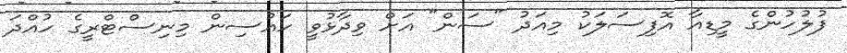
ފުލުހުންގެ މީޑިއާ އޮފިސަލަކު މިއަދު "ސަން" އަށް ވިދާޅުވީ ހައުސިން މިނިސްޓްރީގެ ހުއްދަ